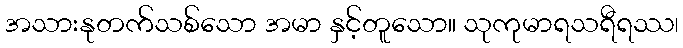
အသားနုတက်သစ်သော အမာ နှင့်တူသော။ သုကုမာရသရီရဿ၊